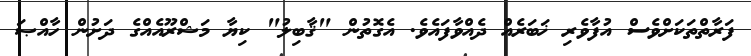
ފަރާތްތަކަށްވެސް އުފާވެރި ޚަބަރެއް ދެއްވާފައެވެ. އެގޮތުން "ޤާބިލު" ކިޔާ މަޝްރޫއެއްގެ ދަށުން ހާއްޞަ